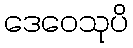
ဒေဝေသုပိ